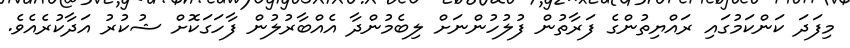
މިފަދަ ކަންކަމުގައި ރައްޔިތުންގެ ފަރާތުން ފުލުހުންނަށް ލިބެމުންދާ އެއްބާރުލުން ފާހަގަކޮށް ޝުކުރު އަދާކުރެއެވެ.